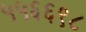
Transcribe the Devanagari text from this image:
५५६६९८